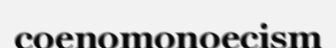
coenomonoecism